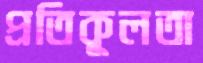
প্রতিকূলতা